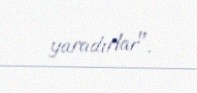
yaradırlar".